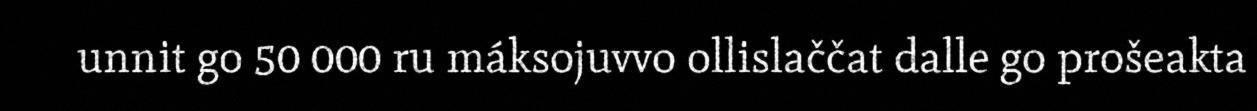
unnit go 50 000 ru máksojuvvo ollislaččat dalle go prošeakta